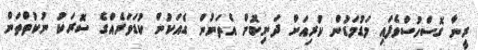
ރީނާ ގޮސްހުސްވެފައި މަޑުމަޑުން ކުރިއަށް ދަނިކޮށް އެތަނުން ގެއަކުން ކުޑަވަރެއްގެ ސޮރަކު ނުކުތްތަން